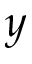
y